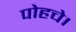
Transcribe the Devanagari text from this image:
पोहचे।